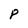
Character: P